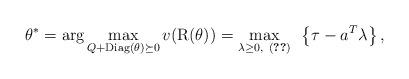
LaTeX: \begin{align*}\theta^*={\rm arg}\max_{Q+{\rm Diag}(\theta)\succeq 0} v({\rm R(\theta)})=\max_{\lambda\ge0, ~ (\ref{cc}) }~ \left\{\tau-a^T\lambda\right\},\end{align*}